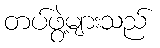
တပ်ဖွဲ့များသည်